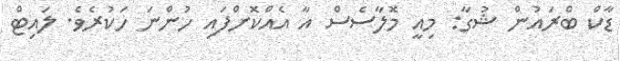
ޑާކް ބްރައުން ޝުގާ: މިއީ މޮލާސެސް އާ އެއްކޮށްފައި ހުންނަ ހަކުރެވެ. ލައިޓް